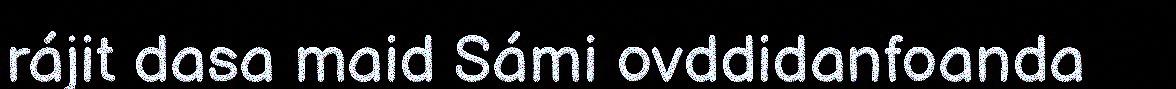
rájit dasa maid Sámi ovddidanfoanda